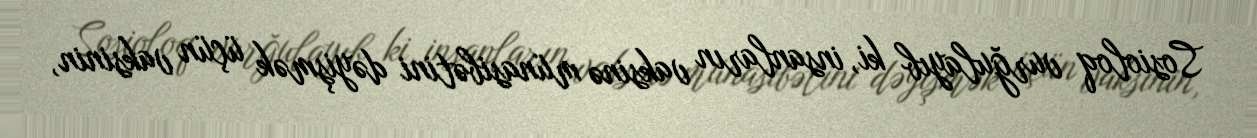
Sosioloq vurğulayıb ki, insanların vaksinə münasibətini dəyişmək üçün vaksinin,